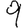
Digit: 9